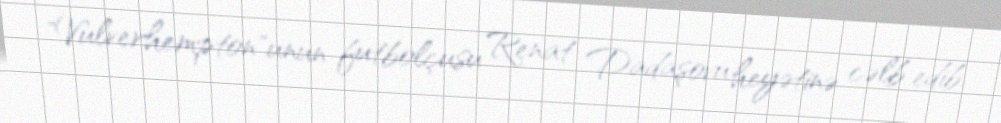
"Vulverhempton"unun futbolçusu Renat Dadaşovu heyətinə cəlb edib.